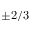
\pm 2 / 3